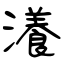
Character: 瀁